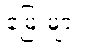
မြေးများ